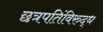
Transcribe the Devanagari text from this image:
छत्रपतिंविरुद्ध